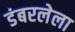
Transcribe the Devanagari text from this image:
डंबरलेला